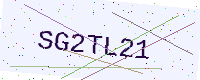
Text: SG2TL21